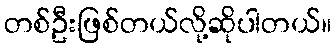
တစ်ဦးဖြစ်တယ်လို့ဆိုပါတယ်။